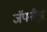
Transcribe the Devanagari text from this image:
जॅपनीझ